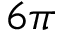
6 \pi